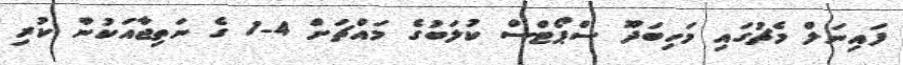
ފައިނަލް މެޗުގައި މަހިބަދޫ ސްޕޯޓްސް ކުލަބުގެ މައްޗަށް 4-1 ގެ ނަތިޖާއަކުން ކުރި